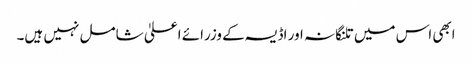
ابھی اس میں تلنگانہ اور اڈیسہ کے وزرائے اعلیٰ شامل نہیں ہیں۔